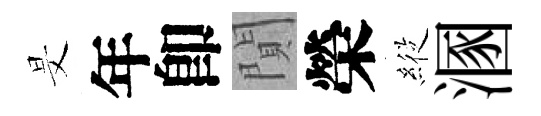
旻年卽閴榮𦂵溷